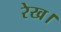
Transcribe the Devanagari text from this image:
रेख।